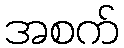
အစက်